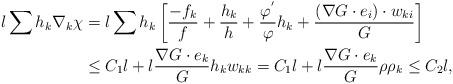
LaTeX: \begin{align*}l\sum h_{k}\nabla_{k}\chi&=l\sum h_{k}\left[\frac{-f_{k}}{f}+\frac{h_{k}}{h}+\frac{\varphi^{'}}{\varphi}h_{k}+\frac{(\nabla G\cdot e_{i})\cdot w_{ki}}{G}\right]\\&\leq C_{1}l+l\frac{\nabla G\cdot e_{k}}{G} h_{k}w_{kk}=C_{1}l+l\frac{\nabla G\cdot e_{k}}{G} \rho \rho_{k}\leq C_{2}l,\end{align*}